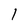
Character: 1